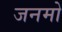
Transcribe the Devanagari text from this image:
जनमो